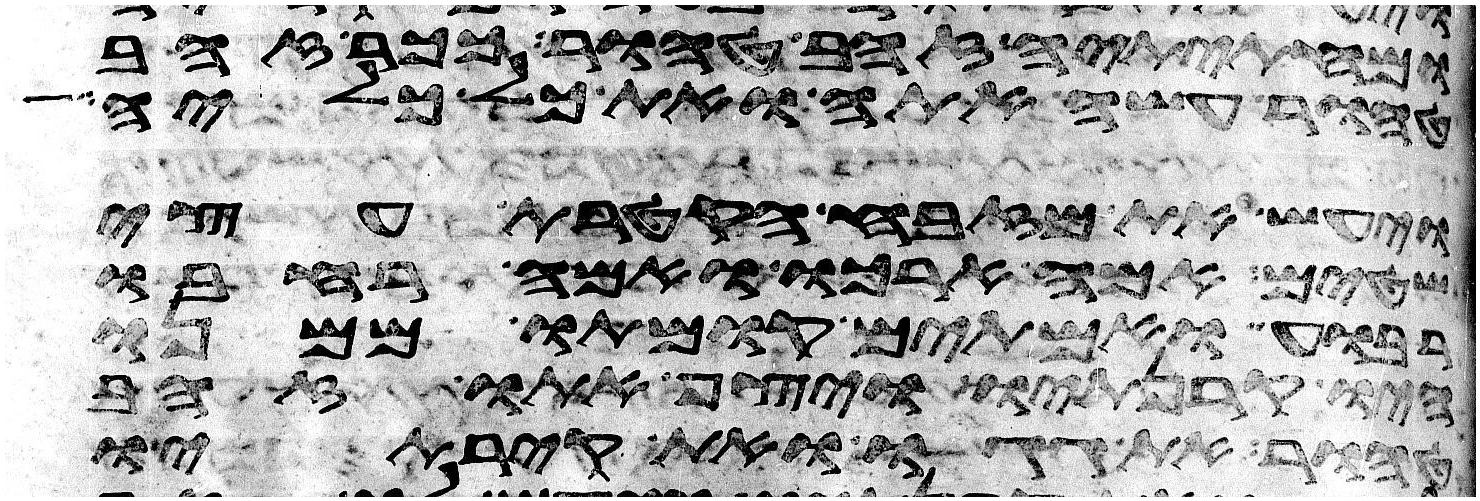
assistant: ומחתיתיה זהב טהור ככר זהב
טהור עשה אתה ואת כל כליה
ויעש את מזבח הקטרת עצי
שטים אמה ארכו ואמה רחבו
רבוע ואמתים קומתו ממנו
היו קרנתיו ויצף אתו זהב
טהור את גגו ואת קירתיו